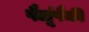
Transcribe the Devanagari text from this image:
पैलूंपैकी